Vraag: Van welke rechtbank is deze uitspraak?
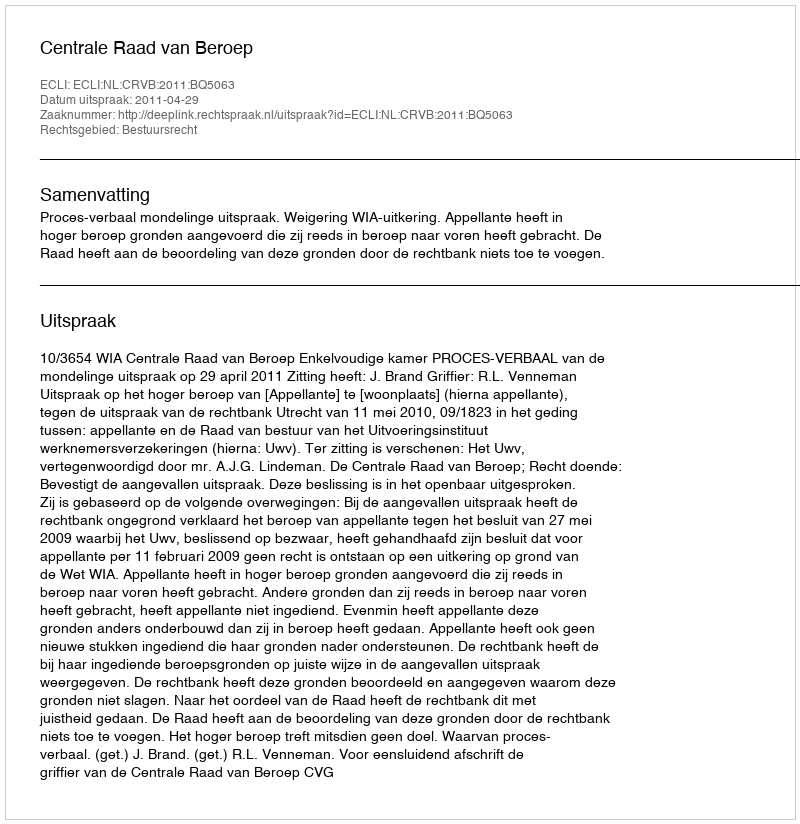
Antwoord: Centrale Raad van Beroep